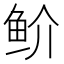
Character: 𬶇